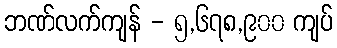
ဘဏ်လက်ကျန် - ၅,၆၇၈,၉၀၀ ကျပ်